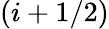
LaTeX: (i+1/2)